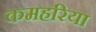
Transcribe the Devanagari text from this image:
कमहरिया